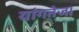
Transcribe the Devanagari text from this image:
यांगतेज।